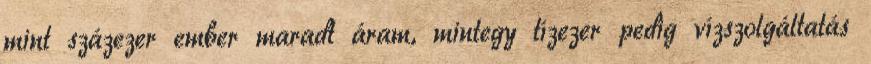
mint százezer ember maradt áram, mintegy tízezer pedig vízszolgáltatás